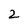
Character: 2